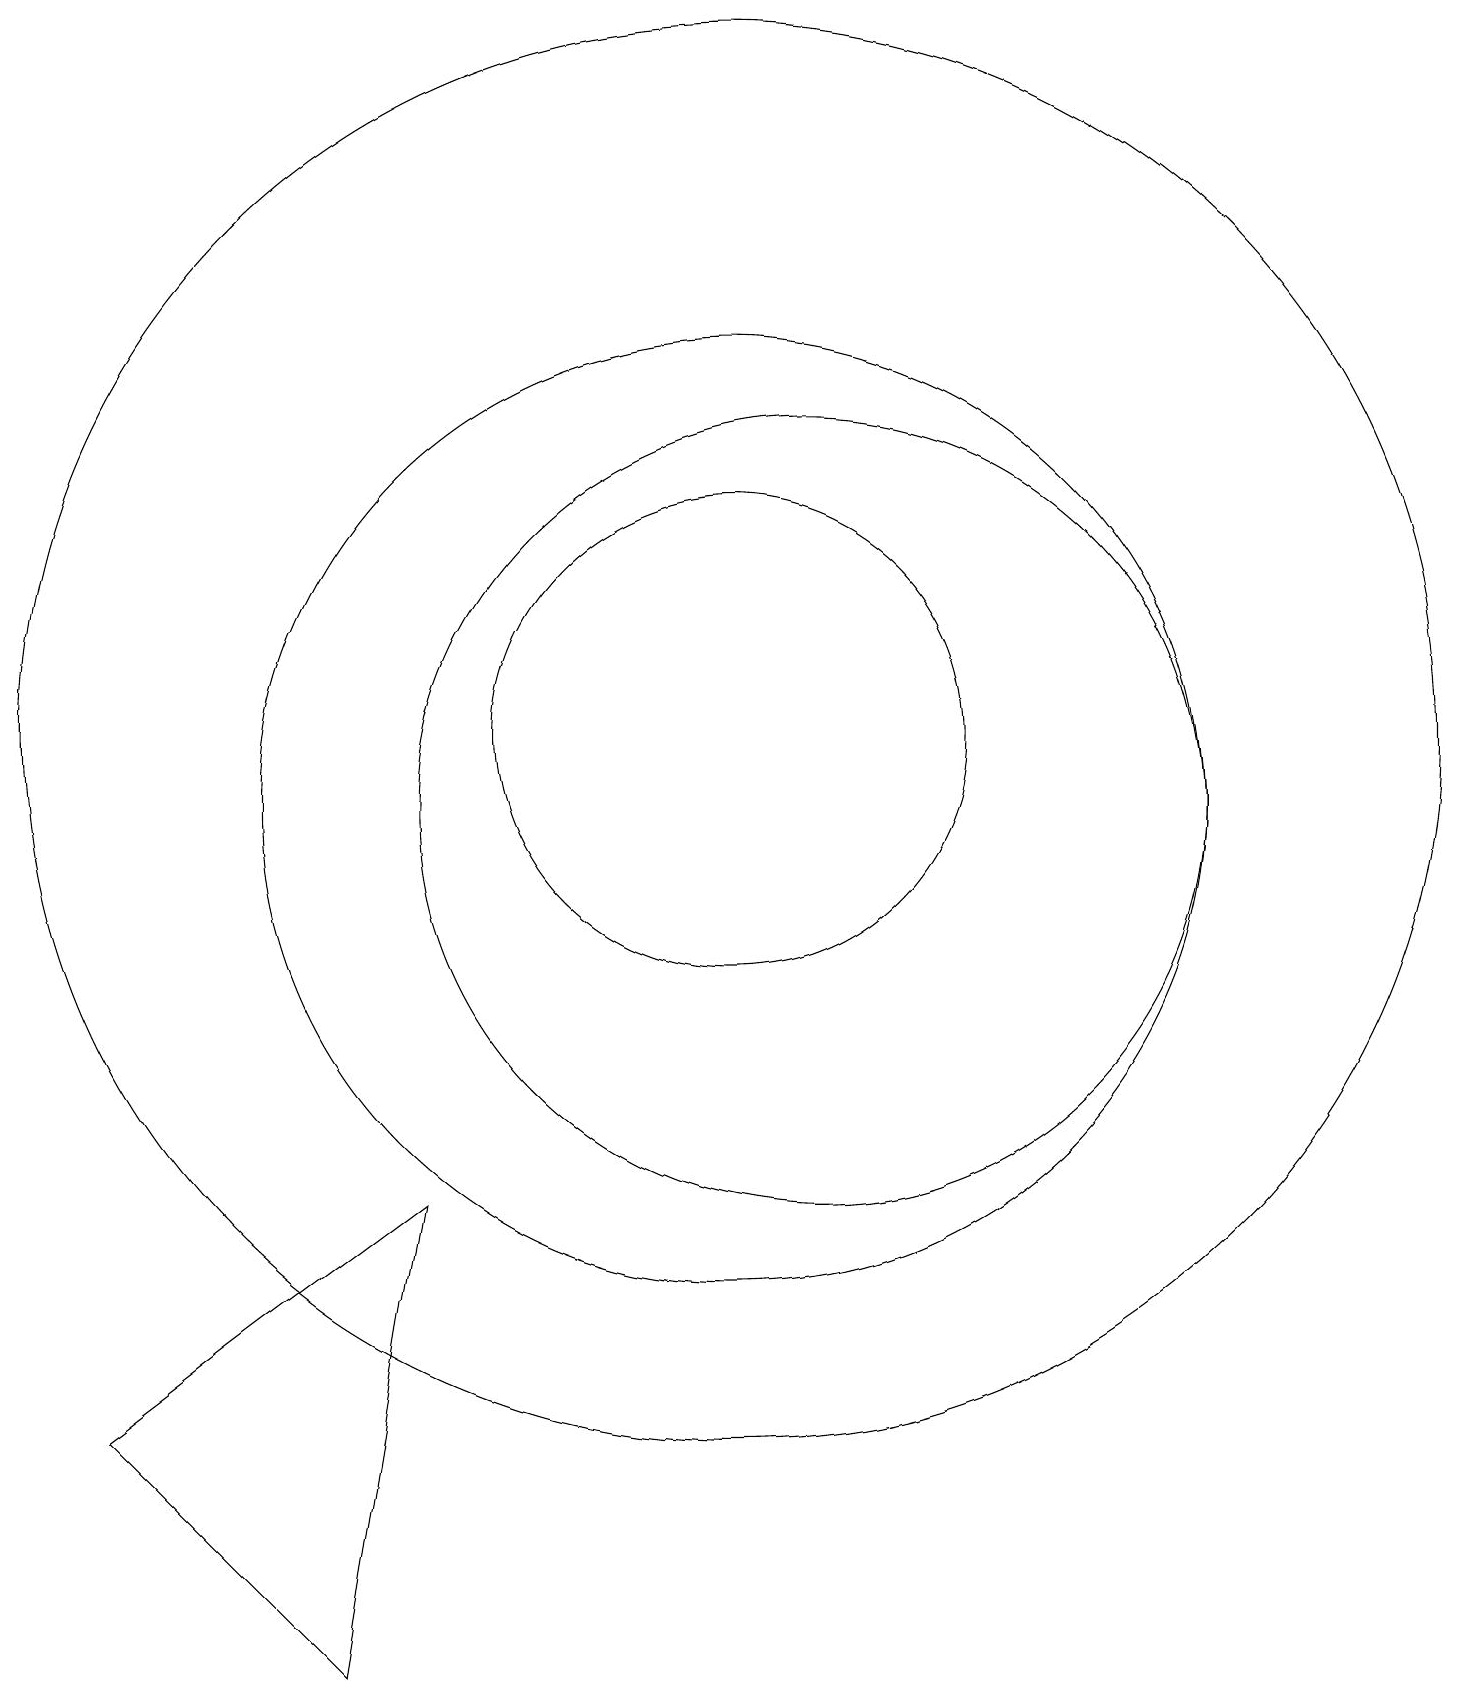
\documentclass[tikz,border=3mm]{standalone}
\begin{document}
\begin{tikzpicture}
\draw (10,11) circle (6);
\draw (6,6) -- (2,3) -- (5,0) -- cycle;
\draw (10,12) circle (3);
\draw (10,12) circle (9);
\draw (11,11) circle (5);
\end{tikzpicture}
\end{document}